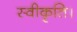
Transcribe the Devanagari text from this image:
स्वीकृति।